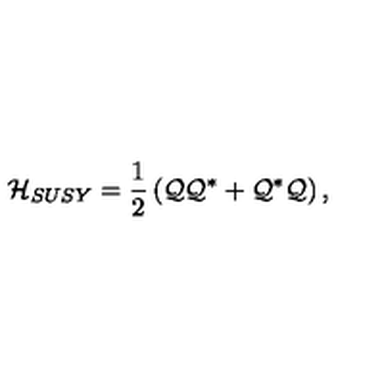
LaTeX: { \cal H } _ { S U S Y } = { \frac { 1 } { 2 } } \left( { \cal Q } { \cal Q } ^ { * } + { \cal Q } ^ { * } { \cal Q } \right) ,